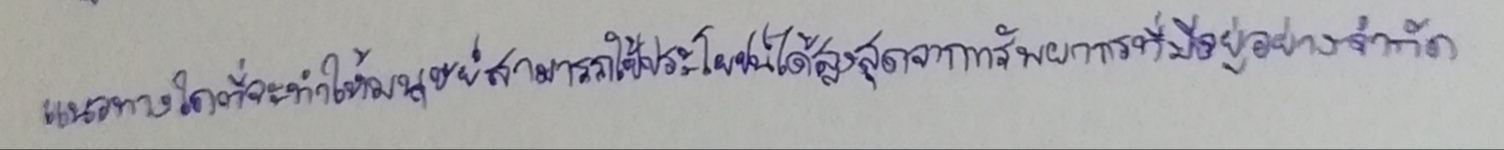
แนวทางใดที่จะทำให้มนุษย์สามารถใช้ประโยชน์ได้สูงสุดจากทรัพยากรที่มีอยู่อย่างจำกัด